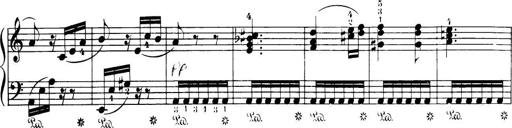
Title: 32 Sonatinas and Rondos for the Piano
Composer: Richard Kleinmichel